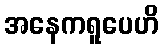
အနေကရူပေဟိ